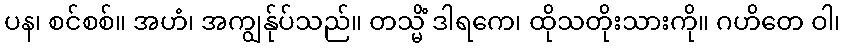
ပန၊ စင်စစ်။ အဟံ၊ အကျွန်ုပ်သည်။ တသ္မိံ ဒါရကေ၊ ထိုသတိုးသားကို။ ဂဟိတေ ဝါ၊